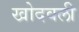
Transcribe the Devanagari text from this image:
खोदवली